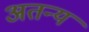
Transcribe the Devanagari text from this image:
अतन्य